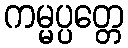
ကမ္မပ္ပတ္တေ